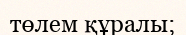
төлем құралы;